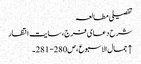
تفصیلی مطالعہ
شرح دعای فرج، سایت انتظار
↑ جمال الاسبوع، ص280- 281۔